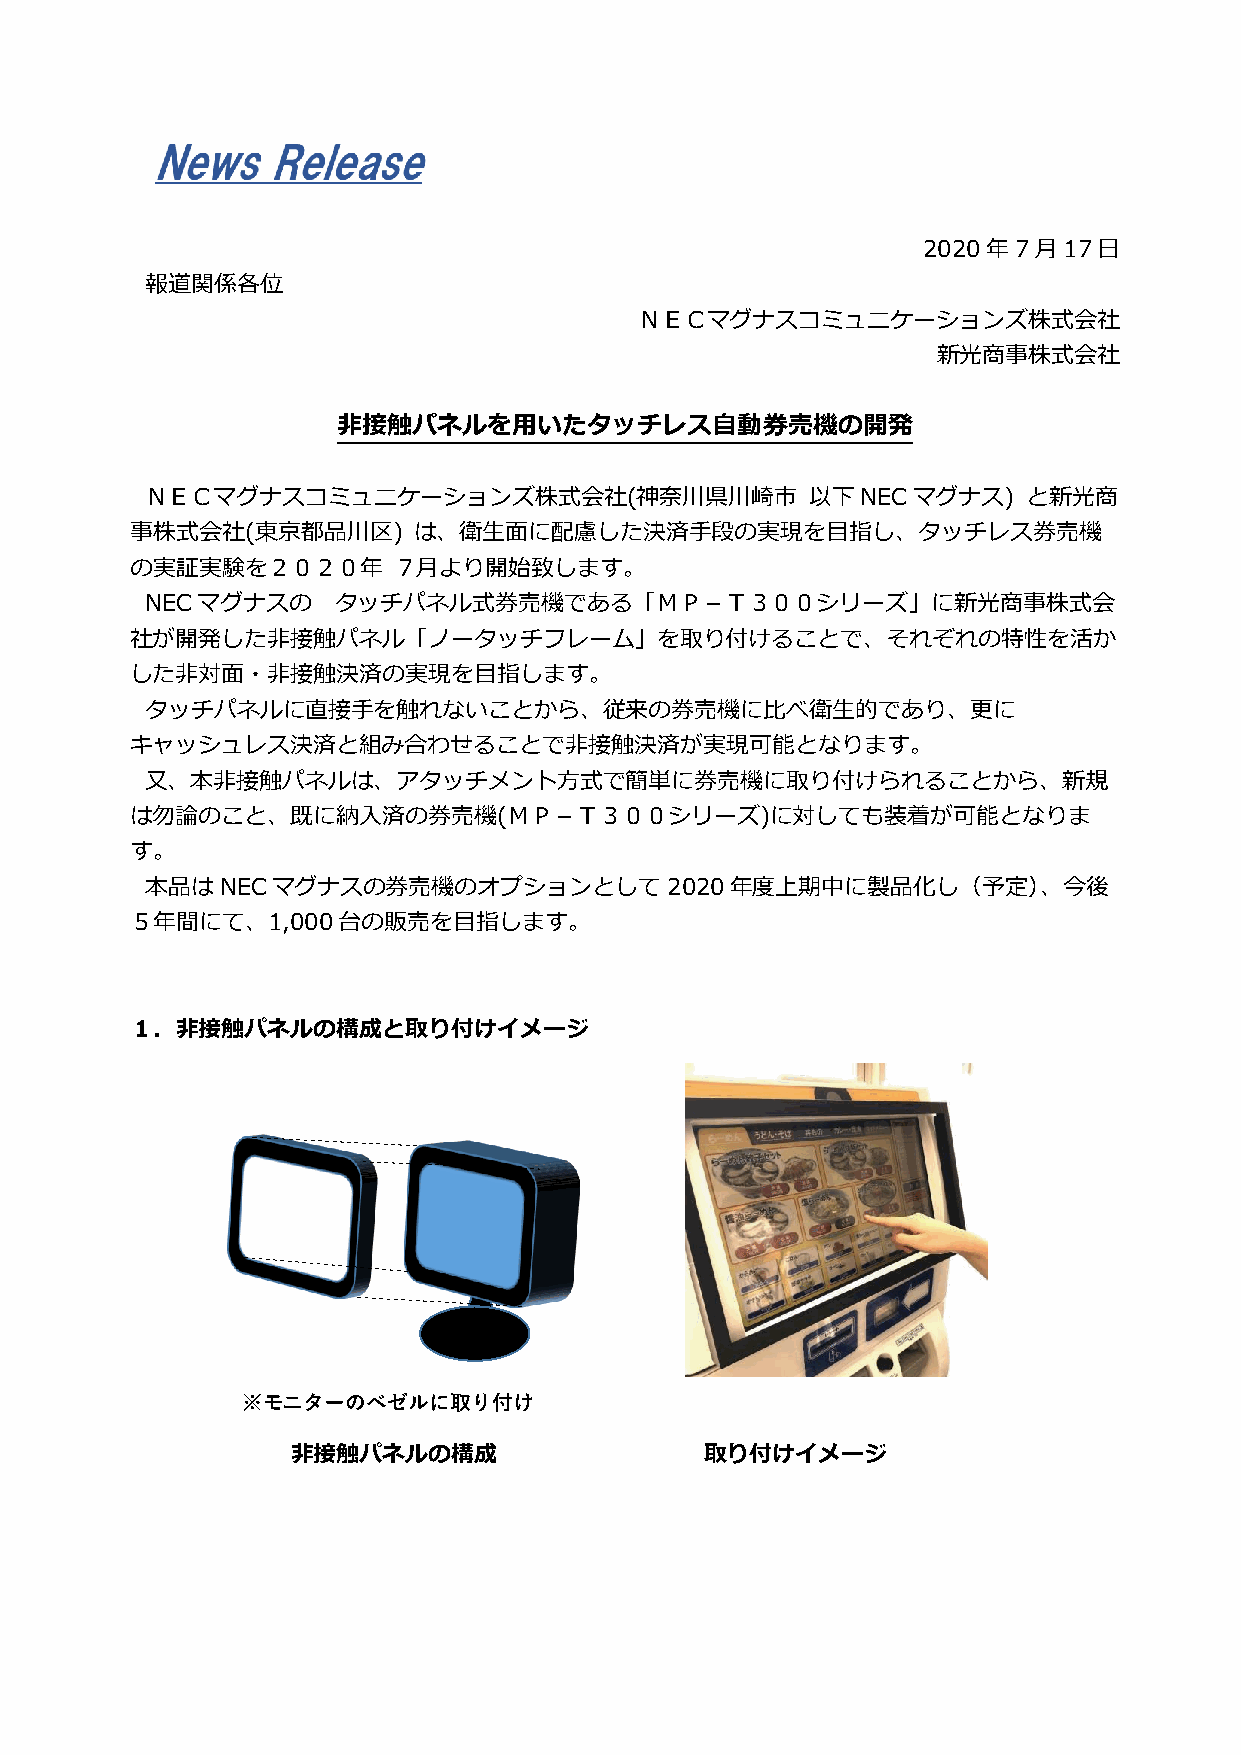
2020年7月17日
 報道関係各位
 ＮＥＣマグナスコミュニケーションズ株式会社
 新光商事株式会社
 非接触パネルを用いたタッチレス自動券売機の開発
 ＮＥＣマグナスコミュニケーションズ株式会社(神奈川県川崎市               以下NECマグナス)    と新光商
 事株式会社(東京都品川区)     は、衛生面に配慮した決済手段の実現を目指し、タッチレス券売機
 の実証実験を２０２０年      ７月より開始致します。
 NECマグナスの    タッチパネル式券売機である「ＭＰ－Ｔ３００シリーズ」に新光商事株式会
 社が開発した非接触パネル「ノータッチフレーム」を取り付けることで、それぞれの特性を活か
 した非対面・非接触決済の実現を目指します。
 タッチパネルに直接手を触れないことから、従来の券売機に比べ衛生的であり、更に
 キャッシュレス決済と組み合わせることで非接触決済が実現可能となります。
 又、本非接触パネルは、アタッチメント方式で簡単に券売機に取り付けられることから、新規
 は勿論のこと、既に納入済の券売機(ＭＰ－Ｔ３００シリーズ)に対しても装着が可能となりま
 す。
 本品はNECマグナスの券売機のオプションとして2020年度上期中に製品化し（予定）、今後
 ５年間にて、1,000台の販売を目指します。
 １．非接触パネルの構成と取り付けイメージ
 ※モニターのベゼルに取り付け
 非接触パネルの構成                   取り付けイメージ